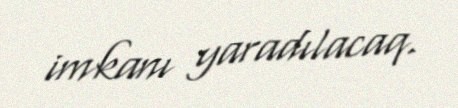
imkanı yaradılacaq.